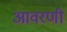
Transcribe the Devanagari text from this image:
आवरणी